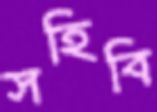
সহিবি